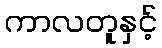
ကာလတူနှင့်